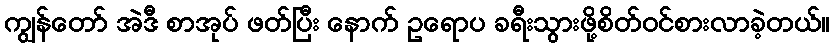
ကျွန်တော် အဲဒီ စာအုပ် ဖတ်ပြီး နောက် ဥရောပ ခရီးသွားဖို့စိတ်ဝင်စားလာခဲ့တယ်။